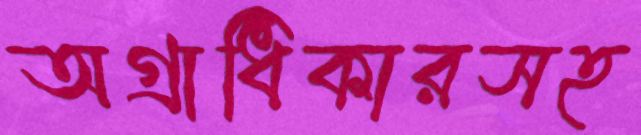
অগ্রাধিকারসহ